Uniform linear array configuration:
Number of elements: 8
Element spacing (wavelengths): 0.5
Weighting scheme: hann
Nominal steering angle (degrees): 45
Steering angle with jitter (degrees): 43.769
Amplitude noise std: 0.05
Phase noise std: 0.05

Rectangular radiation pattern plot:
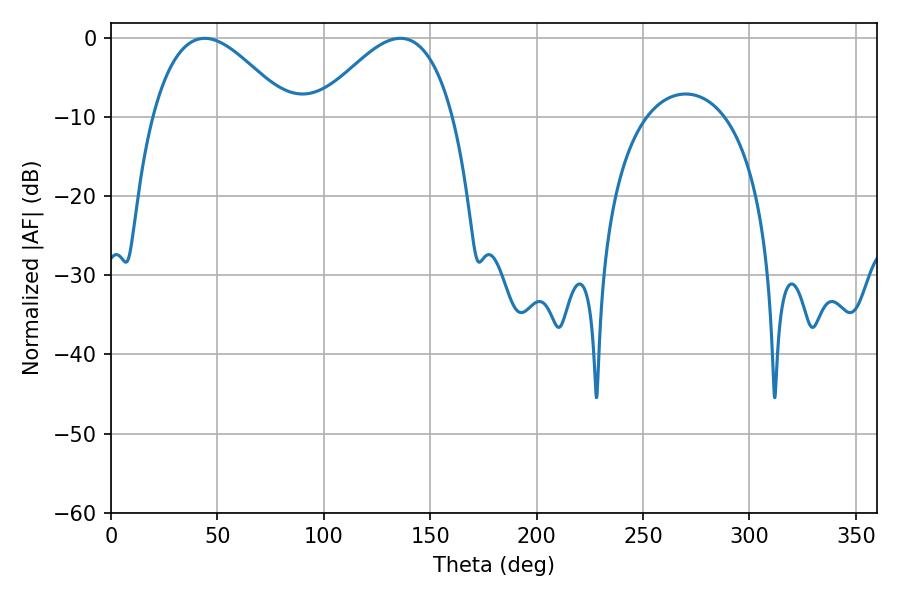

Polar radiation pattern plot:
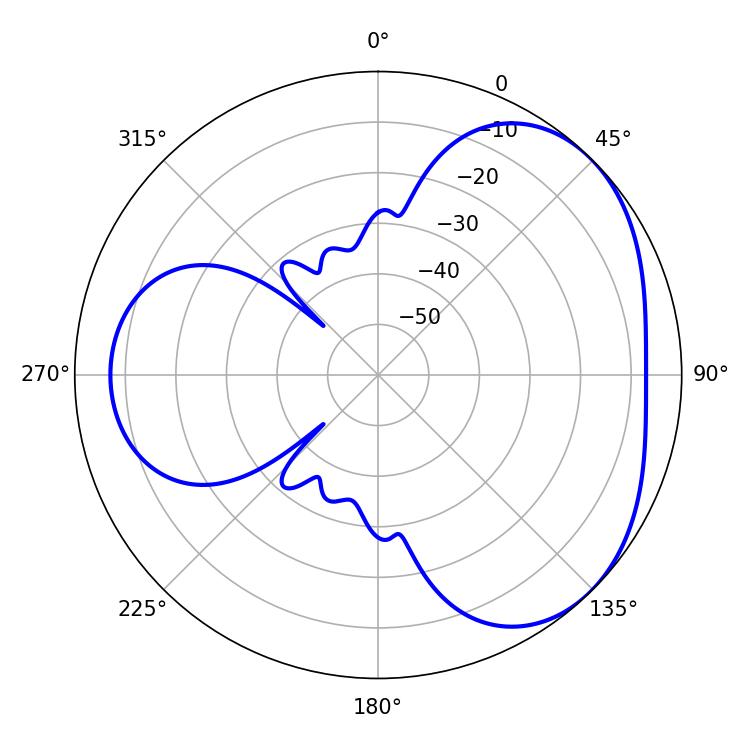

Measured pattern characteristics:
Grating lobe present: FALSE
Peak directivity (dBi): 3.635
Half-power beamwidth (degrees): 34.74
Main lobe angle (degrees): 44.1